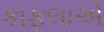
કાફલાએ